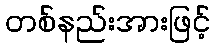
တစ်နည်းအားဖြင့်